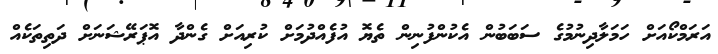
އަރަމްކޯއަށް ހަމަލާދިނުމުގެ ސަބަބުން އެކުންފުނިން ތެޔޮ އުފެއްދުމަށް ކުރިއަށް ގެންދާ އޮޕަރޭޝަނަށް ދަތިތަކެއް